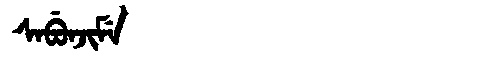
Manchu: ᠰᠠᠪᡠᠨᠵᡳᠮᡝ
Romanization: SABUNJIME